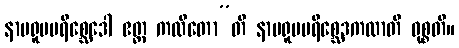
နာမရူပပရိစ္ဆေဒေါ ဧတ္ထ ကထိတော”တိ နာမရူပပရိစ္ဆေဒကထာတိ ဝုစ္စတိ။